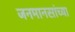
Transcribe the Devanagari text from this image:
जनमानसांच्या